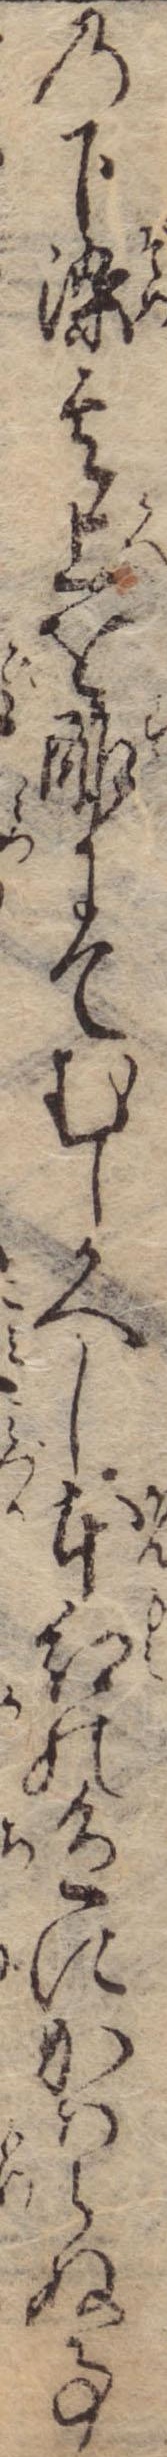
の下染其上を酢にてむしかへし本紅の色にかはらぬ事